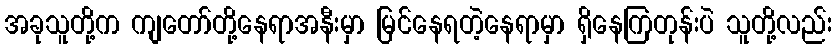
အခုသူတို့က ကျတော်တို့နေရာအနီးမှာ မြင်နေရတဲ့နေရာမှာ ရှိနေကြတုန်းပဲ သူတို့လည်း